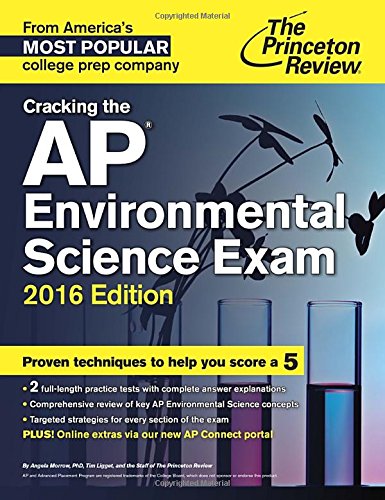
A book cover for Cracking the AP Environmental Science Exam, 2016 Edition (College Test Preparation); Princeton Review; Test Preparation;